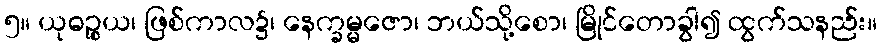
၅။ ယုဓဉ္စယ၊ ဖြစ်ကာလ၌၊ နေက္ခမ္မဇော၊ ဘယ်သို့စော၊ မြိုင်တောခွါ၍ ထွက်သနည်း။